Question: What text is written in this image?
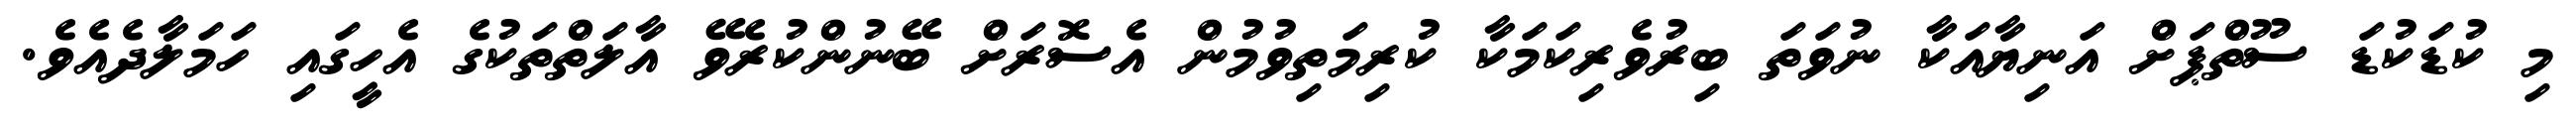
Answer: މި ކުޑަކުޑަ ސޫތްޕަށް އަނިޔާއަކާ ނުވަތަ ބިރުވެރިކަމަކާ ކުރިމަތިވުމުން އެސޮރަށް ބޭނުންކުރެވޭ އާލަތްތަކުގެ އެހީގައި ހަމަލާދެއެވެ.